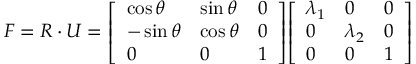
{ \boldsymbol { F } } = { \boldsymbol { R } } \cdot { \boldsymbol { U } } = { \left[ \begin{array} { l l l } { \cos \theta } & { \sin \theta } & { 0 } \\ { - \sin \theta } & { \cos \theta } & { 0 } \\ { 0 } & { 0 } & { 1 } \end{array} \right] } { \left[ \begin{array} { l l l } { \lambda _ { 1 } } & { 0 } & { 0 } \\ { 0 } & { \lambda _ { 2 } } & { 0 } \\ { 0 } & { 0 } & { 1 } \end{array} \right] }